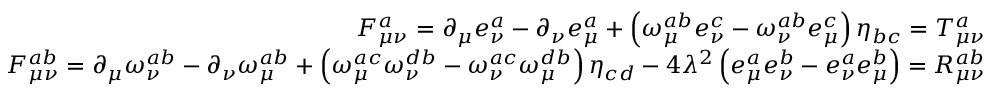
\begin{array} { r l r } & { } & { F _ { \mu \nu } ^ { a } = \partial _ { \mu } e _ { \nu } ^ { a } - \partial _ { \nu } e _ { \mu } ^ { a } + \left( \omega _ { \mu } ^ { a b } e _ { \nu } ^ { c } - \omega _ { \nu } ^ { a b } e _ { \mu } ^ { c } \right) \eta _ { b c } = T _ { \mu \nu } ^ { a } } \\ & { } & { F _ { \mu \nu } ^ { a b } = \partial _ { \mu } \omega _ { \nu } ^ { a b } - \partial _ { \nu } \omega _ { \mu } ^ { a b } + \left( \omega _ { \mu } ^ { a c } \omega _ { \nu } ^ { d b } - \omega _ { \nu } ^ { a c } \omega _ { \mu } ^ { d b } \right) \eta _ { c d } - 4 \lambda ^ { 2 } \left( e _ { \mu } ^ { a } e _ { \nu } ^ { b } - e _ { \nu } ^ { a } e _ { \mu } ^ { b } \right) = R _ { \mu \nu } ^ { a b } } \end{array}